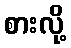
စားလို့